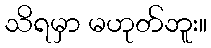
သိရမှာ မဟုတ်ဘူး။